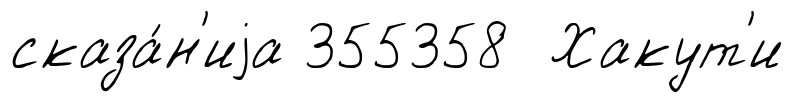
сказа́н'иjа 355358 Хакут'и